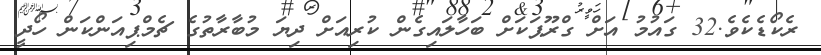
ރެކޯޑެކެވެ.32 ގައުމު އަށް ގްރޫޕަކަށް ބަހާލައިގެން ކުރިއަށް ދިޔަ މުބާރާތުގެ ޗެމްޕިއަންކަން ހޯދީ